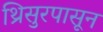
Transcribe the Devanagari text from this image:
थ्रिसुरपासून